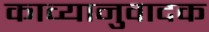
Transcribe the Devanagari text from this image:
काव्यानुवादक